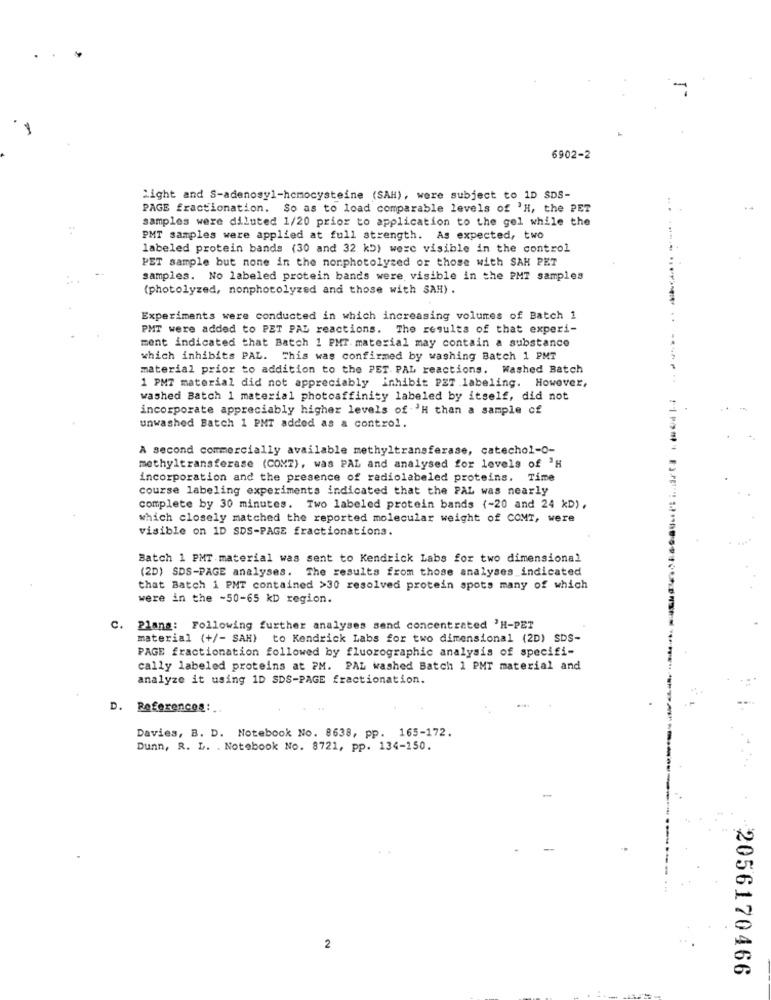
6902-2
Might and S-adenosyl-homocysteine (SAH), were subject to 1D SDS-
PAGE fractionation. So as to load comparable levels of 'H, the PET
samples were diluted 1/20 prior to application to the gel while the
PMT samples were applied at full strength. As expected, two
labeled protein bands (30 and 32 kb) were visible in the control
PET sample but none in the nonphotolyzed or those with SAH PET
samples. No labeled protein bands were visible in the PMT samples
(photolyzed, nonphotolyzed and those with SAH) .
Experiments were conducted in which increasing volumes of Batch 1
PMT were added to PET PAL reactions. The results of that experi-
ment indicated that Batch 1 PMT. material may contain a substance
which inhibits PAL. This was confirmed by washing Batch 1 PMT
material prior to addition to the PET PAL reactions. Washed Batch
1 PM7 material did not appreciably inhibit PET labeling. However,
washed Batch 1 material photoaffinity labeled by itself, did not
incorporate appreciably higher levels of 'H than a sample of
unwashed Batch 1 PMT added as a control.
A second commercially available methyltransferase, catechol-0-
methyltransferase (COMZ), was PAL and analysed for levels of 3H
incorporation and the presence of radiolabeled proteins. Time
course labeling experiments indicated that the PAL was nearly
complete by 30 minutes. Two labeled protein bands (-20 and 24 xD),
which closely matched the reported molecular weight of COMT, were
visible on 1D SDS-PAGE fractionations.
Batch 1 PMT material was sent to Kendrick Labs for two dimensional
(2D) SDS-PAGE analyses. The results from those analyses indicated
that Batch i PMT contained >30 resolved protein spots many of which
were in the -50-65 kD region.
C.
Plans: Following further analyses send concentrated 'H-PET
material (+/- SAH) to Kendrick Labs for two dimensional (2D) SDS-
PAGE fractionation followed by fluorographic analysis of specifi-
cally labeled proteins at PM. PAL washed Batch 1 PMT material and
analyze it using 1D SDS-PAGE fractionation.
D. References :..
..
Davies, B. D. Notebook No. 8638, pp. 165-172.
Dunn, R. L. . Notebook No. 8721, pp. 134-150.
2
2056170466